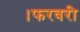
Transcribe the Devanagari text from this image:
।फरवरी